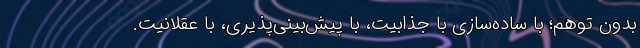
بدون توهم؛ با ساده‌سازی با جذابیت، با پیش‌بینی‌پذیری، با عقلانیت.